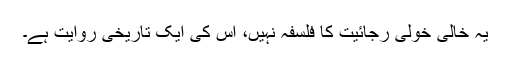
یہ خالی خولی رجائیت کا فلسفہ نہیں، اس کی ایک تاریخی روایت ہے۔